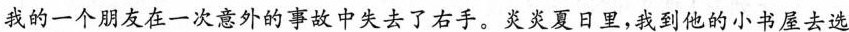
我的一个朋友在一次意外的事故中失去了右手。炎炎夏日里，我到他的小书屋去选